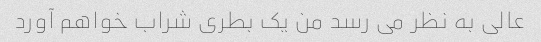
عالی به نظر می رسد من یک بطری شراب خواهم آورد